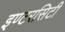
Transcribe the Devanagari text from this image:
इण्टरसिटी